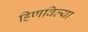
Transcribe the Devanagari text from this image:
हिणविल्या